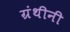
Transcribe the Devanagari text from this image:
ग्रंथीनी